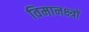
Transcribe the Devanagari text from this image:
विमानक्ष्त्रों